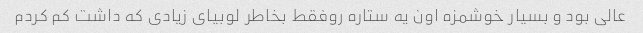
عالی بود و بسیار خوشمزه اون یه ستاره روفقط بخاطر لوبیای زیادی که داشت کم کردم